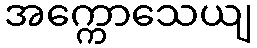
အက္ကောသေယျ